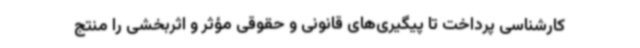
کارشناسی پرداخت تا پیگیری‌های قانونی و حقوقی مؤثر و اثربخشی را منتج